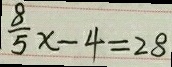
\frac { 8 } { 5 } x - 4 = 2 8